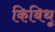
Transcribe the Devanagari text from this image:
किबिथू